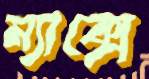
ম্যাক্সে